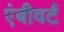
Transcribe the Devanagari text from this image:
एंबीवर्ट